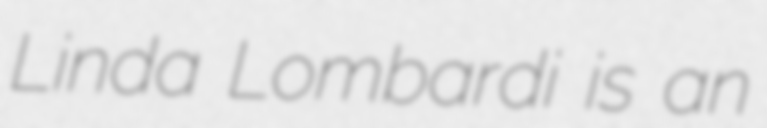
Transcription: Linda Lombardi is an